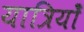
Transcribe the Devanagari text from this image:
यात्रियोँ